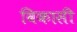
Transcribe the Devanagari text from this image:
विकासी